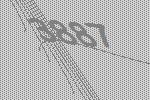
3887